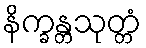
နိက္ခန္တသုတ္တံ